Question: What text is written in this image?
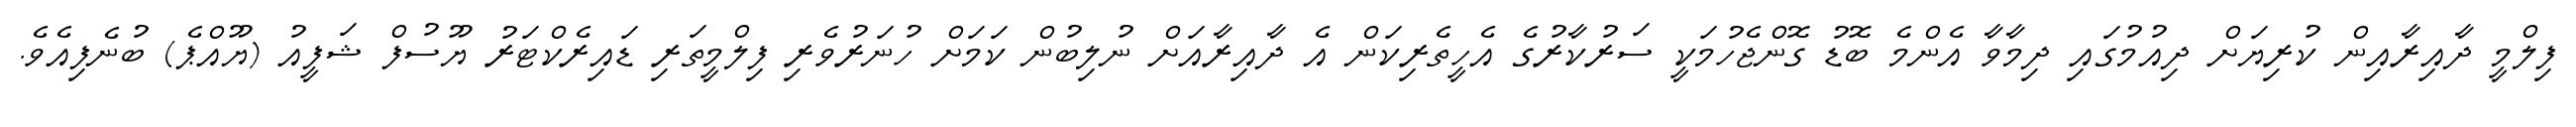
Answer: ފިލްމީ ދާއިރާއިން ކުރިޔަށް ދިއުމުގައި ދިމާވާ އެންމެ ބޮޑު ގޮންޖެހުމަކީ ސަރުކާރުގެ އެހީތެރިކަން އެ ދާއިރާއަށް ނުލިބުން ކަމަށް ހުނަރުވެރި ފިލްމީތަރި ޑައިރެކްޓަރު ޔޫސުފް ޝަފީއު (ޔޫއްޕެ) ބުނެފިއެވެ.